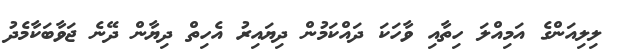
ލިލިއަންގެ އަމިއްލަ ހިތާއި ވާހަކަ ދައްކަމުން ދިޔައިރު އެހިތް ދިޔާން ދޭނެ ޖަވާބަކާމެދު